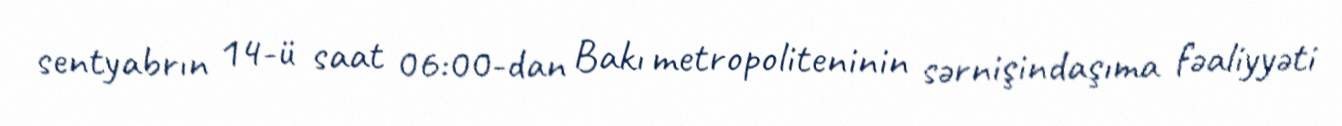
sentyabrın 14-ü saat 06:00-dan Bakı metropoliteninin sərnişindaşıma fəaliyyəti